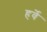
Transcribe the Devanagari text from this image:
हर्वे